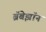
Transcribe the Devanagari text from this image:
ब्रॅबेझॉन